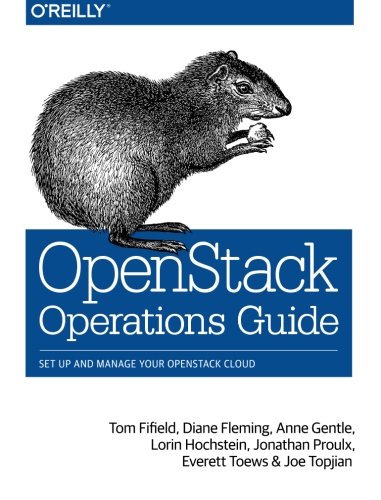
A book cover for OpenStack Operations Guide; Tom Fifield; Computers & Technology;